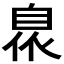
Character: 𮍙